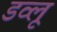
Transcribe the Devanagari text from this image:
डव्लू